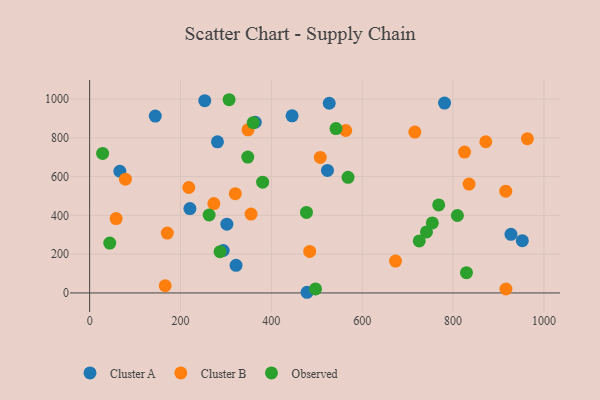
{"axis": {"x": "Investment", "y": "Sales"}, "legend": ["Cluster A", "Cluster B", "Observed"], "data": [{"x": "523.5", "y": 632.0, "type": "Cluster A"}, {"x": "294.1", "y": 219.0, "type": "Cluster A"}, {"x": "952.3", "y": 269.5, "type": "Cluster A"}, {"x": "220.7", "y": 435.1, "type": "Cluster A"}, {"x": "281.4", "y": 779.4, "type": "Cluster A"}, {"x": "66.5", "y": 627.6, "type": "Cluster A"}, {"x": "302.1", "y": 354.8, "type": "Cluster A"}, {"x": "445.6", "y": 913.4, "type": "Cluster A"}, {"x": "781.2", "y": 979.0, "type": "Cluster A"}, {"x": "144.5", "y": 912.2, "type": "Cluster A"}, {"x": "927.4", "y": 302.6, "type": "Cluster A"}, {"x": "364.6", "y": 880.4, "type": "Cluster A"}, {"x": "527.4", "y": 978.2, "type": "Cluster A"}, {"x": "322.3", "y": 142.3, "type": "Cluster A"}, {"x": "478.6", "y": 3.5, "type": "Cluster A"}, {"x": "253.4", "y": 991.6, "type": "Cluster A"}, {"x": "484.4", "y": 214.1, "type": "Cluster B"}, {"x": "218.2", "y": 543.8, "type": "Cluster B"}, {"x": "170.9", "y": 308.9, "type": "Cluster B"}, {"x": "78.8", "y": 586.7, "type": "Cluster B"}, {"x": "166.3", "y": 37.1, "type": "Cluster B"}, {"x": "273.4", "y": 460.8, "type": "Cluster B"}, {"x": "872.0", "y": 779.9, "type": "Cluster B"}, {"x": "563.7", "y": 837.9, "type": "Cluster B"}, {"x": "355.3", "y": 406.8, "type": "Cluster B"}, {"x": "915.9", "y": 524.8, "type": "Cluster B"}, {"x": "916.3", "y": 20.5, "type": "Cluster B"}, {"x": "58.3", "y": 383.4, "type": "Cluster B"}, {"x": "825.2", "y": 726.3, "type": "Cluster B"}, {"x": "963.5", "y": 795.2, "type": "Cluster B"}, {"x": "835.1", "y": 561.7, "type": "Cluster B"}, {"x": "673.3", "y": 164.6, "type": "Cluster B"}, {"x": "715.8", "y": 829.8, "type": "Cluster B"}, {"x": "507.7", "y": 698.8, "type": "Cluster B"}, {"x": "348.6", "y": 841.3, "type": "Cluster B"}, {"x": "320.6", "y": 512.1, "type": "Cluster B"}, {"x": "263.0", "y": 402.1, "type": "Observed"}, {"x": "829.4", "y": 104.8, "type": "Observed"}, {"x": "287.1", "y": 212.7, "type": "Observed"}, {"x": "741.5", "y": 314.6, "type": "Observed"}, {"x": "725.5", "y": 268.3, "type": "Observed"}, {"x": "307.0", "y": 996.5, "type": "Observed"}, {"x": "477.3", "y": 415.3, "type": "Observed"}, {"x": "380.8", "y": 571.3, "type": "Observed"}, {"x": "568.8", "y": 596.3, "type": "Observed"}, {"x": "28.6", "y": 719.8, "type": "Observed"}, {"x": "542.2", "y": 847.7, "type": "Observed"}, {"x": "348.1", "y": 700.9, "type": "Observed"}, {"x": "754.3", "y": 361.1, "type": "Observed"}, {"x": "768.3", "y": 453.9, "type": "Observed"}, {"x": "360.1", "y": 878.0, "type": "Observed"}, {"x": "44.3", "y": 257.3, "type": "Observed"}, {"x": "809.5", "y": 399.5, "type": "Observed"}, {"x": "497.2", "y": 20.7, "type": "Observed"}]}